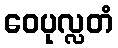
ဝေပုလ္လတံ